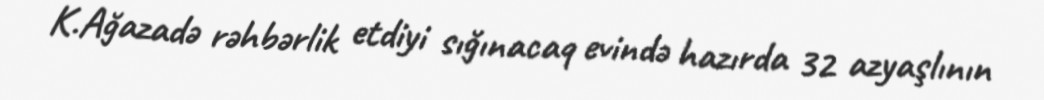
K.Ağazadə rəhbərlik etdiyi sığınacaq evində hazırda 32 azyaşlının